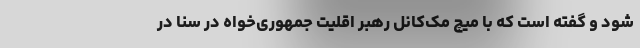
شود و گفته است که با میچ مک‌کانل رهبر اقلیت جمهوری‌خواه در سنا در